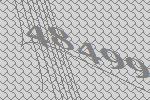
48499